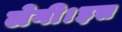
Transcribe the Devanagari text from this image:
लेगी।इस